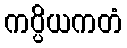
ကပ္ပိယကတံ